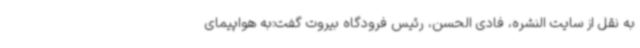
به نقل از سایت النشره، فادی الحسن، رئیس فرودگاه بیروت گفت:به هواپیمای